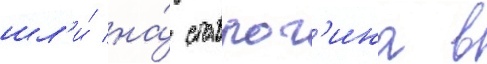
шл'и́ на́ ставрог'ина в